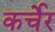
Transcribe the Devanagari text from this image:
कर्चेर